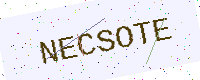
Text: NECSOTE